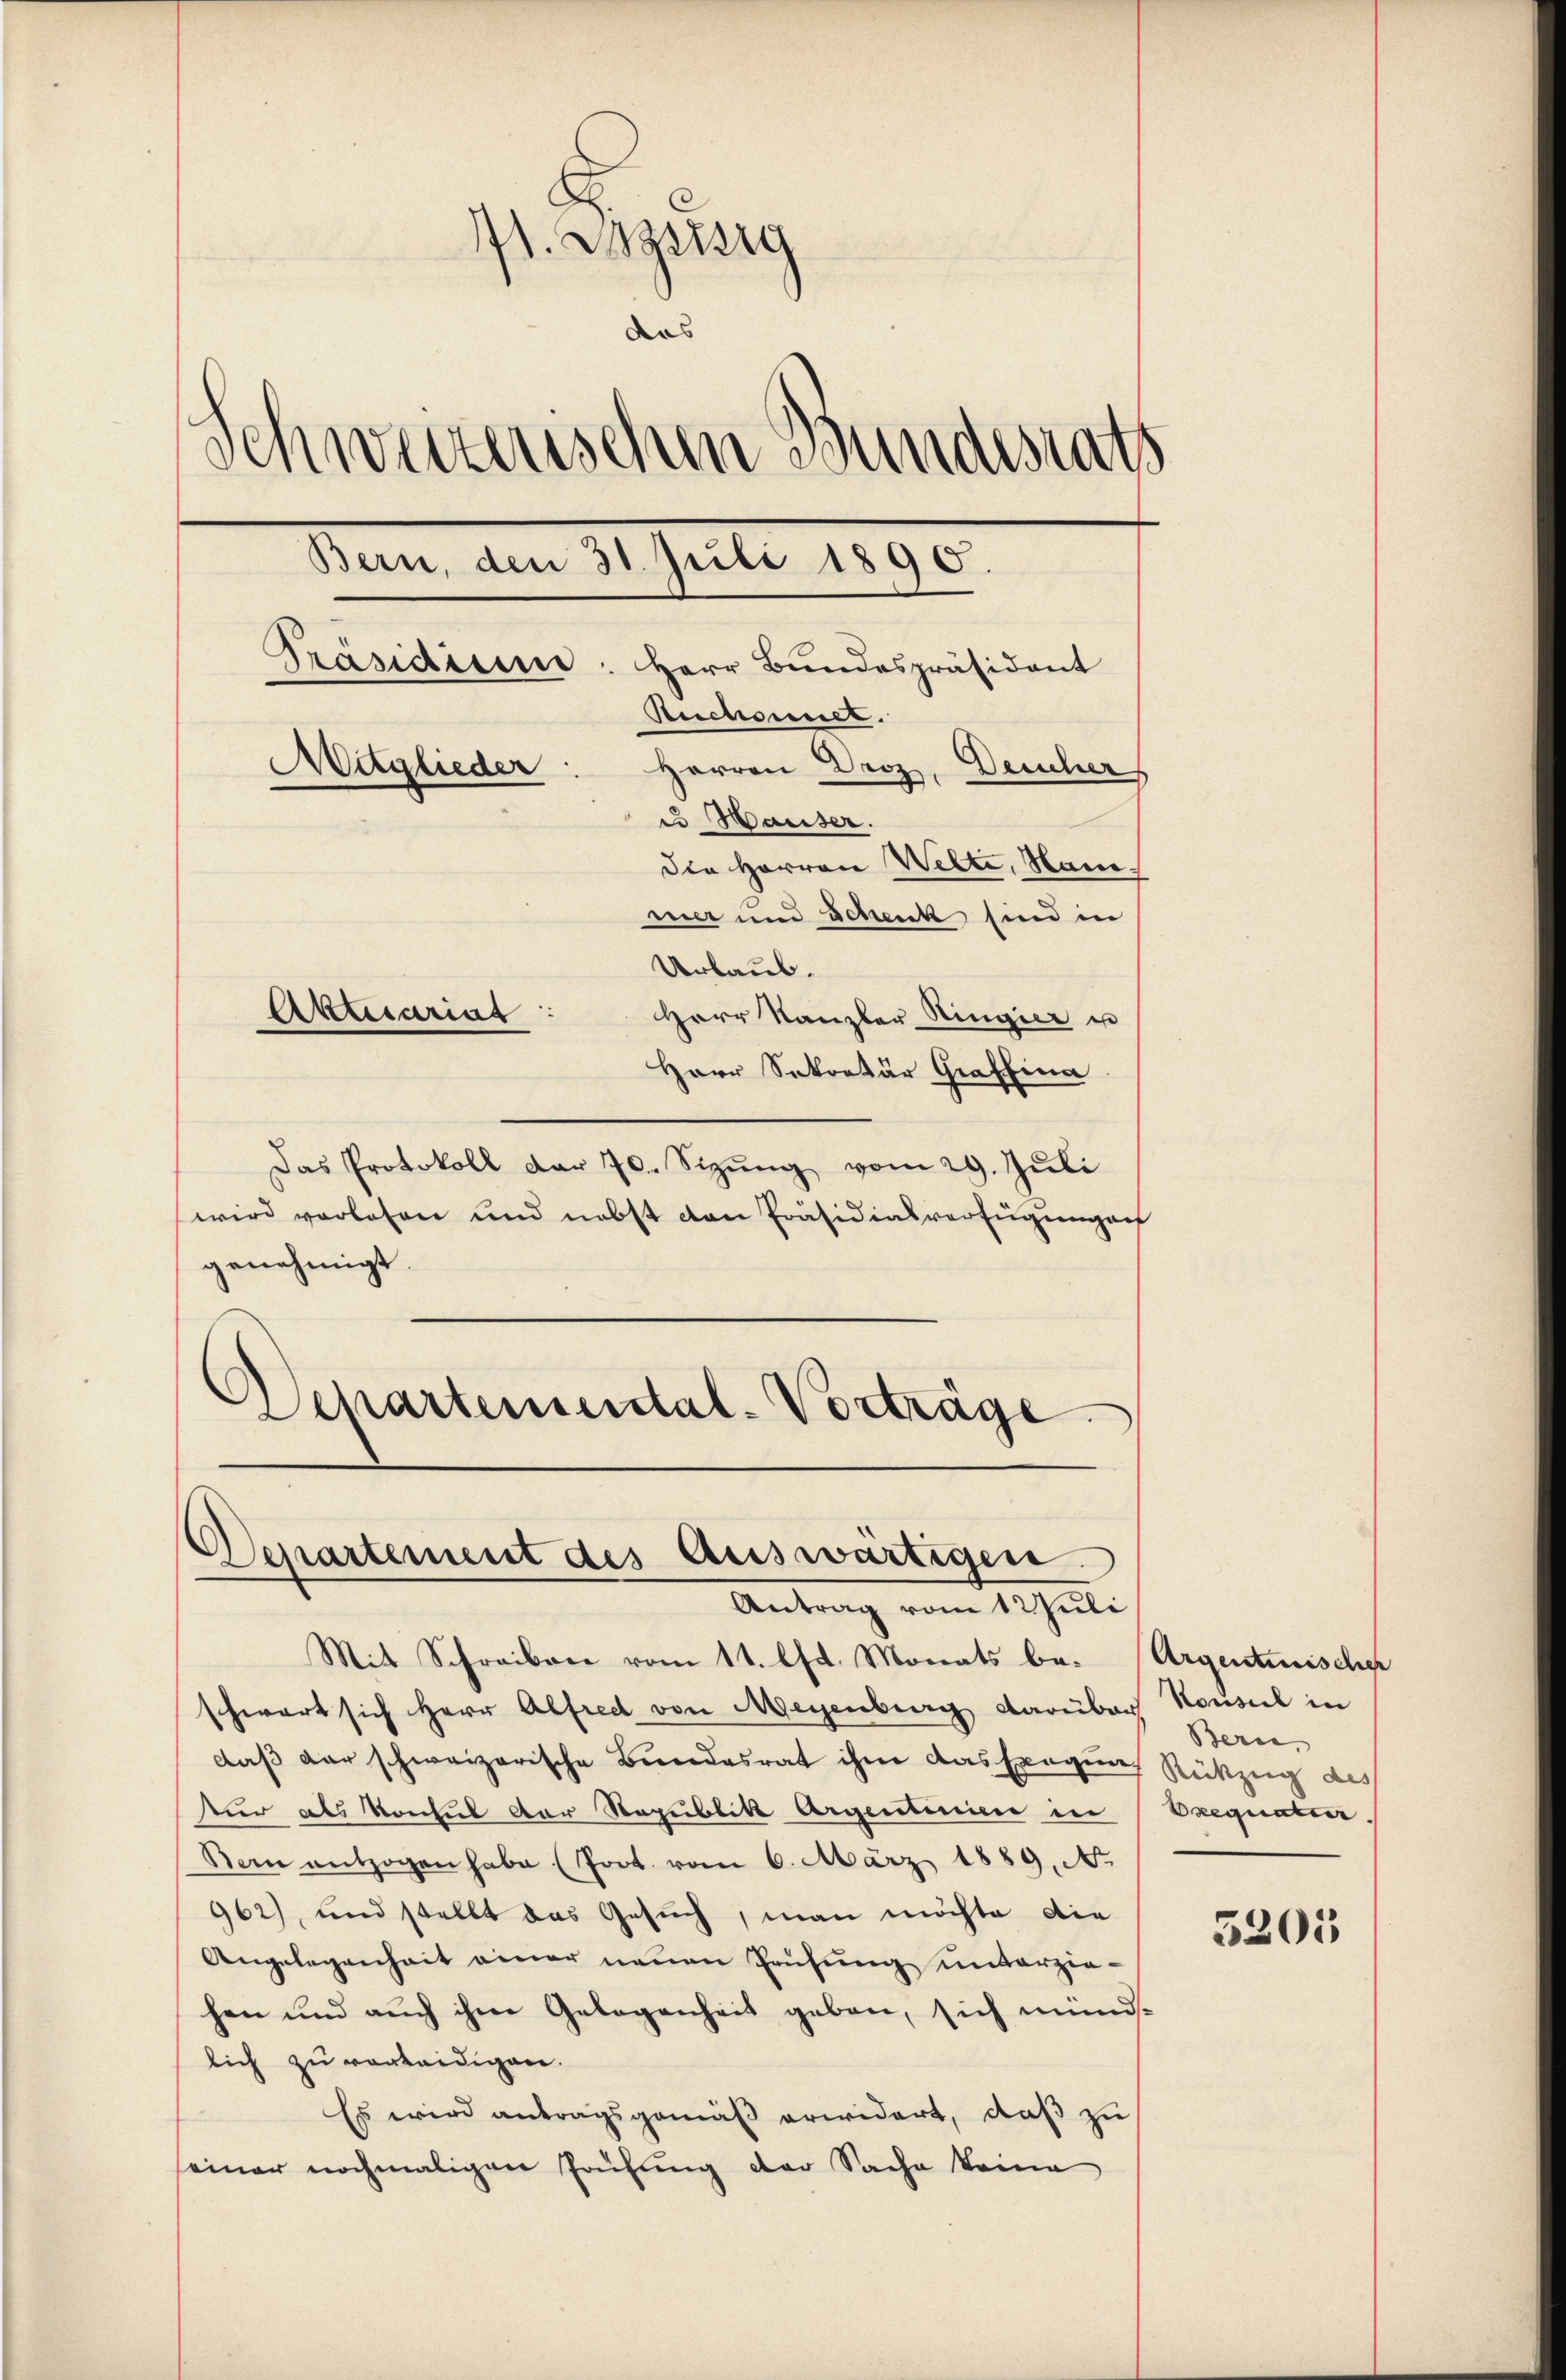
71. Beisig
das
Schweizerischen Bundesrath
Bern, den 31. Juli 1890.
Präsidium. Herr Bundespräsident
Reichsener.
Adglieder
Herren Droz. Deucher
u. Hauser.
die Herren Welti, Nam
mer und Schenk sind in
Urlaub.
Aktuariat
Herr Kanzler Ringier un
Herr Sekretär Graffina

Das Protokoll dar 70. Sizŭng vom 29. Jŭli
wird vorlesen und nebst von Präsidialverfügungef
genehmigt.
Departemental-Vorträge

Departement des Auswärtigen
Antrag vom 1. Juli

Mit Schreiben vom 11. lt. Monats be- (Argentuischer
schwart sich Herr Alfred von Meyenburg darüber Konseil in
daβ der schweizerische Bundesrat ihm das Exegung Rückzug des
tur als Konsul der Republik Argentinien in
So entzogen habe (Poot. vom 6. März 1889. No
962), und stellt das Gesuch, man möchte die
Angelegenheit einer neuen Prüfung unterziehen und auch ihm Gelegenheit geben, sich mündlich zu verteidigen.
Es wird antragsgemäß erwidert, daß zu
einer nochmaligen Prüfung der Sache keine

Bern,
Beequatur.

5205